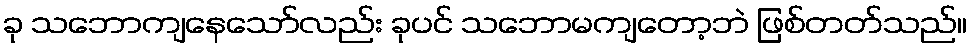
ခု သဘောကျနေသော်လည်း ခုပင် သဘောမကျတော့ဘဲ ဖြစ်တတ်သည်။